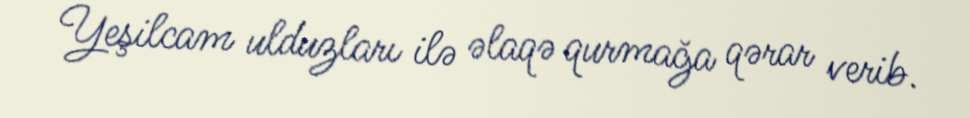
Yeşilcam ulduzları ilə əlaqə qurmağa qərar verib.